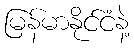
မြန်မာနိုင်ငံနဲ့